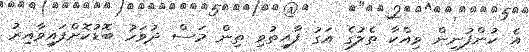
އެ ކުންފުނިން ވިއްކާ ތެލުގެ އަގު ފާއިތުވި ތިން މަސް ދުވަހު ބޮޑުކޮށްފައިވާއިރު